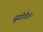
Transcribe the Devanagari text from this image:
सुग्रीवेशः